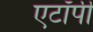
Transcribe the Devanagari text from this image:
एटॉपी